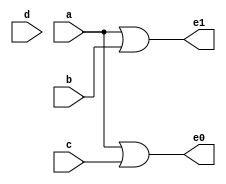
`timescale 1ns / 1ps
//////////////////////////////////////////////////////////////////////////////////
// Company: 
// Engineer: 
// 
// Design Name: 
// Module Name: enco
// Project Name: 
// Target Devices: 
// Tool Versions: 
// Description: 
// 
// Dependencies: 
// 
// Revision:
// Revision 0.01 - File Created
// Additional Comments:
// 
//////////////////////////////////////////////////////////////////////////////////


module enco(
input a,b,c,d,
output e0,e1

    );
    
    assign e1=a|b;
    assign e0=a|c;
    
endmodule